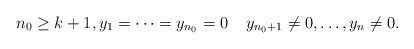
\begin{align*} n_0 \ge k+1, y_1 = \cdots = y_{n_0} = 0 \;\;\;\; y_{n_0+1} \neq 0, \ldots, y_n \neq 0.\end{align*}